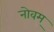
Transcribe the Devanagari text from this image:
नोवम्